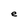
Character: e